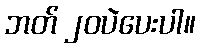
ဘတ် ၂၀ပဲပေးပါ။